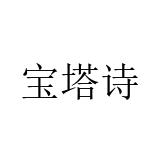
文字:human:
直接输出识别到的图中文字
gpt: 宝塔诗